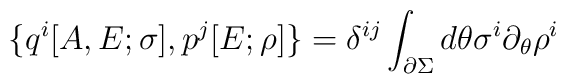
\{q^i[A,E;\sigma],p^j[E;\rho]\} = \delta^{ij}\int_{\partial\Sigma} d\theta \sigma^i\partial_\theta\rho^i